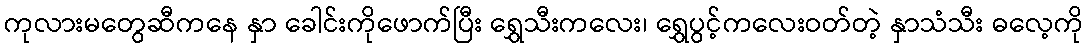
ကုလားမတွေဆီကနေ နှာ ခေါင်းကိုဖောက်ပြီး ရွှေသီးကလေး၊ ရွှေပွင့်ကလေးဝတ်တဲ့ နှာသံသီး ဓလေ့ကို